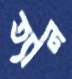
ত্যান